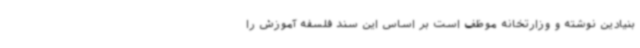
بنیادین نوشته و وزارتخانه موظف است بر اساس این سند فلسفه آموزش را